Report on vaccination North-West Frontier Province 1904-1922 - 1904-1922
Year: 1904
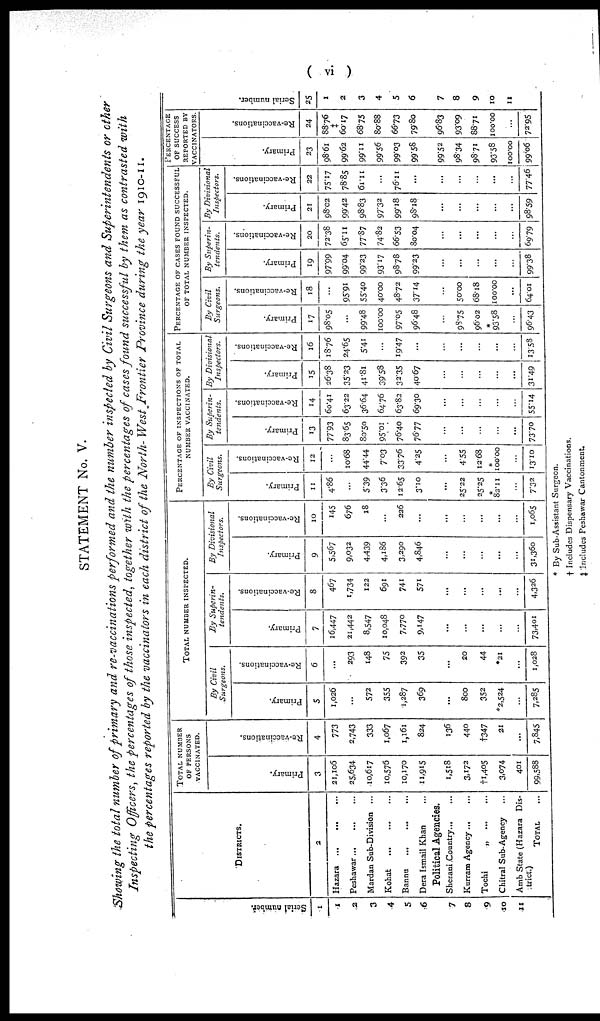
( vi )
STATEMENT No. V.
Showing the total number of primary and re-vaccinations performed and the number inspected by Civil Surgeons and Superintendents or other
Inspecting Officers, the percentages of those inspected, together with the percentages of cases found successful by them as contrasted with
the percentages reported by the vaccinators in each district of the North- West Frontier Province during the year 1910-11.
Serial number.
1
1
2
3
4
5
6
7
8
9
10
11
DISTRICTS.
2
Hazara
... ... ...
Peshawar
...
...
...
Mardan Sub-Division ...
Kohat
...
...
...
Bannu
...
... ...
Dera Ismail Khan ...
Political Agencies.
Sherani Country... ...
Kurram Agency ... ...
Tochi
„
...
...
Chitral Sub-Agency ...
Amb State (Hazara Dis-
trict.)
TOTAL ...
TOTAL NUMBER
OF PERSONS
VACCINATED.
Primary.
3
21,106
25,634
10,617
10,576
10,170
11,915
1,518
3,172
†1,405
3,074
401
99,588
Re-vaccinations.
4
773
2,743
333
1,067
1,161
824
136
440
†347
21
...
7,845
TOTAL NUMBER INSPECTED.
By Civil
Surgeons.
Primary.
5
1,026
...
572
355
1,287
369
...
800
352
*2,524
...
7,285
Re-vaccinations.
6
...
293
148
75
392
35
...
20
44
*21
...
1,028
By Superin-
tendents.
Primary.
7
16,447
21,442
8,547
10,048
7,770
9,147
...
...
...
...
...
73,401
Re-vaccinations.
8
467
1,734
122
691
741
571
...
...
...
...
...
4,326
By Divisional
Inspectors.
Primary.
9
5,567
9,032
4,439
4,186
3,290
4,846
...
...
...
...
...
31,360
Re-vaccinations.
10
145
676
18
...
226
...
...
...
...
...
...
1,065
PERCENTAGE OF INSPECTIONS OF TOTAL
NUMBER VACCINATED.
By Civil
Surgeons.
Primary.
11
4.86
...
5.39
3.36
12.65
3.10
...
25.22
25.25
82.11
...
7.32
Re-vaccinations.
12
...
10.68
44.44
7.03
33.76
4.25
...
4.55
12.68
100.00
...
13.10
By Superin-
tendents.
Primary.
13
77.93
83.65
80.50
95.01
76.40
76.77
...
...
...
...
...
73.70
Re-vaccinations.
14
60.41
63.22
36.64
64.76
63.82
69.30
...
...
...
...
...
55.14
By Divisional
Inspectors.
Primary.
15
26.38
35.23
41.81
39.58
32.35
40.67
...
...
...
...
...
31.49
Re-vaccinations.
16
18.76
24.65
5.41
...
19.47
...
...
...
...
...
...
13.58
PERCENTAGE OF CASES FOUND SUCCESSFUL
OF TOTAL NUMBER INSPECTED.
By Civil
Surgeons.
Primary.
17
98.05
...
99.48
100.00
97.05
96.48
...
98.75
96.02
93.58
...
96.43
Re-vaccinations.
18
...
95.91
55.40
40.00
48.72
37.14
...
50.00
68.18
100.00
...
64.01
By Superin-
tendents.
Primary.
19
97.99
99.04
99.23
93.17
98.78
99.23
...
...
...
...
...
99.38
Re-vaccinations.
20
72.38
65.11
77.87
74.82
66.53
80.04
...
...
...
...
...
69.79
By Divisional
Inspectors.
Primary.
21
98.02
99.42
98.83
97.32
99.18
98.18
...
...
...
...
...
98.59
Re-vaccinations.
22
75.17
78.85
61.11
...
76.11
...
...
...
...
...
...
77.46
PERCENTAGE
OF SUCCESS
REPORTED BY
VACCINATORS.
Primary.
23
98.61
99.62
99.11
99.56
99.03
99.58
99.52
98.34
98.71
93.58
100.00
99.06
Re-vaccinations.
24
88.76
60.17
68.75
80.88
66.73
79.80
96.83
93.09
88.71
100.00
...
72.95
Serial number.
25
1
2
3
4
5
6
7
8
9
10
11
* By Sub-Assistant Surgeon.
† Includes Dispensary Vaccinations.
‡ Includes Peshawar Cantonment.